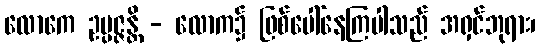
လောကေ ဥပ္ပဇ္ဇန္တိ - လောက၌ ဖြစ်ပေါ်နေကြပါသည် အရှင်ဘုရား၊